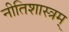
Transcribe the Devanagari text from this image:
नीतिशास्त्रम्‌